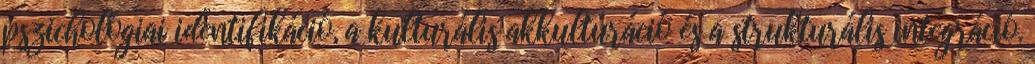
pszichológiai identifikáció, a kulturális akkulturáció és a strukturális integráció.